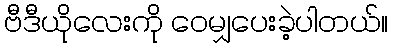
ဗီဒီယိုလေးကို ဝေမျှပေးခဲ့ပါတယ်။